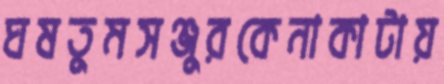
ঘষতুমসঞ্জুরকেনাকাটায়